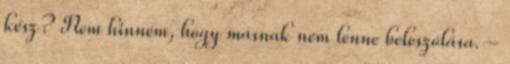
kész? Nem hinném, hogy másnak nem lenne beleszólása. -